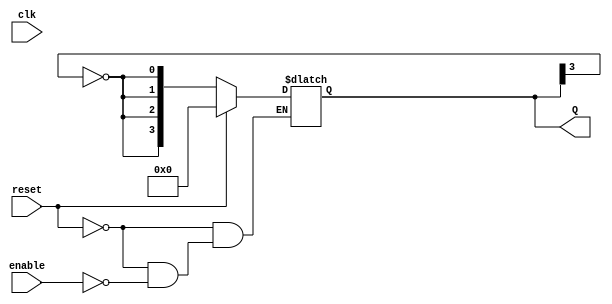
module async_johnson_counter #(
    parameter N = 4 // Number of flip-flops (must be even)
)(
    input wire clk,         // Clock signal (not used in asynchronous design)
    input wire reset,       // Asynchronous reset
    input wire enable,      // Count enable signal
    output reg [N-1:0] Q    // Output state
);

// Internal wires for feedback
wire feedback;

// Feedback connection: inverted output of the last flip-flop
assign feedback = ~Q[N-1];

// Asynchronous reset and counting logic for each flip-flop
always @(*) begin
    if (reset) begin
        Q = 0; // Reset all flip-flops to 0
    end else if (enable) begin
        Q[0] = feedback; // First flip-flop gets feedback
        Q[1] = Q[0];     // Shift operation
        Q[2] = Q[1];     // Shift operation
        Q[3] = Q[2];     // Shift operation
        // Continue for N flip-flops
    end
end

endmodule